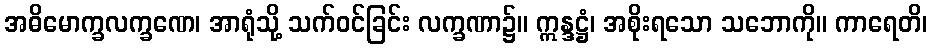
အဓိမောက္ခလက္ခဏေ၊ အာရုံသို့ သက်ဝင်ခြင်း လက္ခဏာ၌။ ဣန္ဒဋ္ဌံ၊ အစိုးရသော သဘောကို။ ကာရေတိ၊